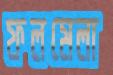
ফলমেলা